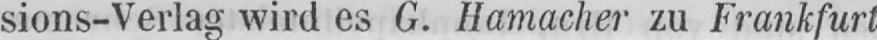
sions-Verlag wird es G. Hamacher zu Frankfurt